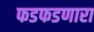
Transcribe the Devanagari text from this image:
फडफडणारा